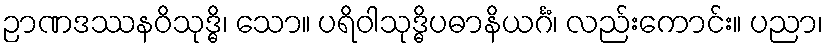
ဉာဏဒဿနဝိသုဒ္ဓိ၊ သော။ ပရိဝါသုဒ္ဓိပဓာနိယင်္ဂံ၊ လည်းကောင်း။ ပညာ၊